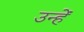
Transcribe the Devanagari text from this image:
उन्हेंं